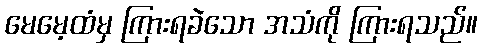
မေမေ့ထံမှ ကြားရခဲသော အသံကို ကြားရသည်။